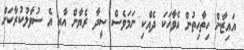
އައިޒާން ހިތާހިތުން އެވާހަކަ ދެއްކި ނަމަވެސް ސީދާ ރެޔާން އާއި އެ ސުވާލުކުރާކަށް